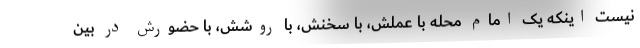
نیست اینکه یک امام محله با عملش، با سخنش، با روشش، با حضورش در بین